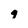
Character: q